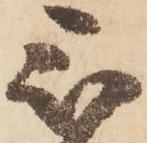
被